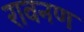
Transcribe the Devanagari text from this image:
रावनण